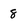
Character: 8